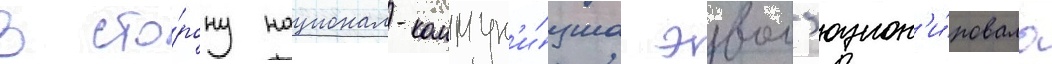
В сто́рону национал-коммун'и́зма эвол'юцион'и́ровало